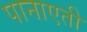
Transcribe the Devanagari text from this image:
पानाएती